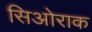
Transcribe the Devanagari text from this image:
सिओराक